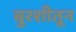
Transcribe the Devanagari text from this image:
बुरशीतून